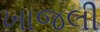
ખાજલી